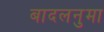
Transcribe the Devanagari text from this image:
बादलनुमा